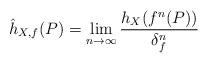
LaTeX: \begin{align*}\hat{h}_{X,f}(P)=\lim_{n\to \infty}\frac{h_{X}(f^{n}(P))}{\delta_{f}^{n}}\end{align*}